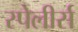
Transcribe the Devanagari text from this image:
स्पेलीर्स